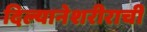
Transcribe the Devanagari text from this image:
दिल्यानेशरीराची